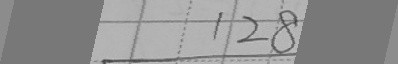
1 2 8